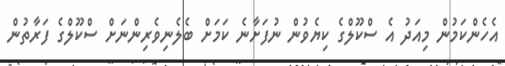
އެހެންކަމުން މިއަދު އެ ސްކޫލްގެ ކިޔެވުން ނުފަށާނެ ކަމަށް ބެލެނިވެރިންނަށް ސްކޫލްގެ ފަރާތުން